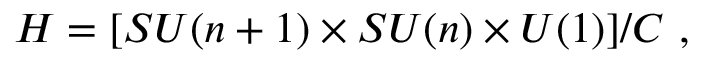
H = [ S U ( n + 1 ) \times S U ( n ) \times U ( 1 ) ] / C \ ,